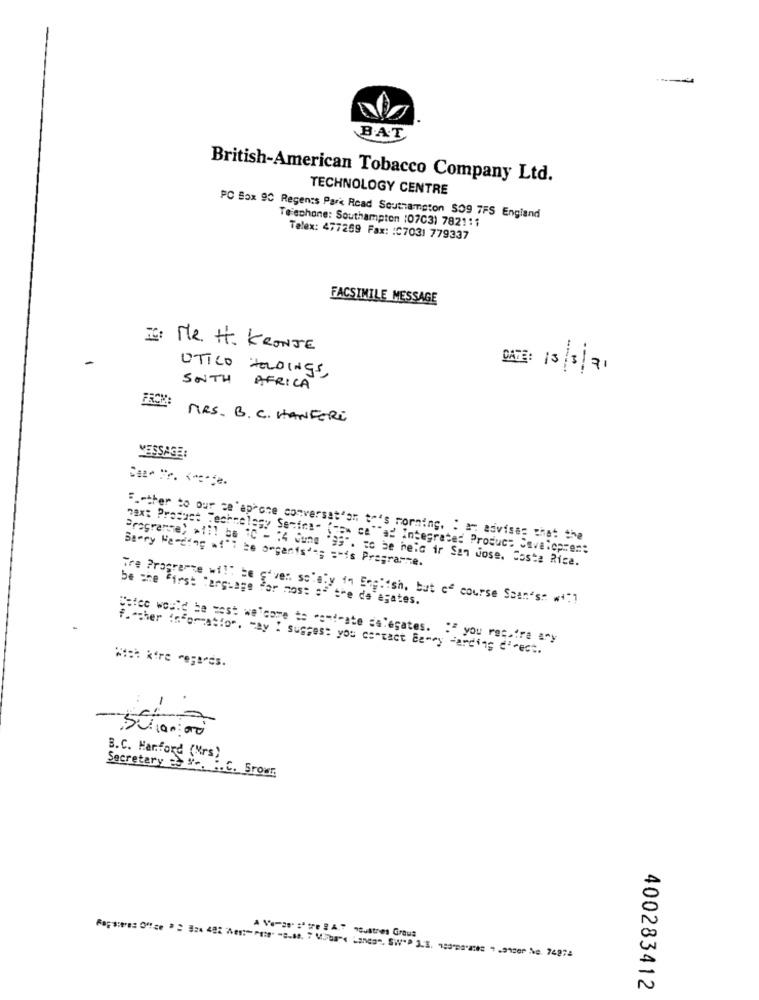
BAT
British-American Tobacco Company Ltd.
TECHNOLOGY CENTRE
PC Box 90 Regents Park Road Southampton 509 7FS England
Telephone: Southampton (07C3) 7821:1
Telex: 477259 Fax: : C7031 779337
FACSIMILE MESSAGE
If: MR. H. KRONJE
-
UTICO HOLDINGS,
DATE: 13/3/71
SOUTH AFRICA
MRS . B . C . HANFERE
MESSAGE:
F .- ther to our ce'aphone conversation to's morning. : a advises that the
max: Product Technology Semina- (com ce""ad Integrated Product Cavalopren:
Programme) *11! be 1C - 14 June '99". to be held ir San Jose, Costa Rica.
Barry Ne-ting "i": be organts''; = "is Programme.
Tre Programme will be giver. so'aly in English, but of course Ssan's: wi"]
be the First language For most of the de agates.
Cofee would be pest welcome to com !- ate delegates. "" you require ary
f."cher information, may : suggest you cercact Be-my -arding d'rect.
:1
0
B.C. Harford (Mrs)
Secretary 5 #e. F.C. Srowr
A Ve=as" sªtre 2 A." noustres Graua
400283412